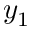
y _ { 1 }